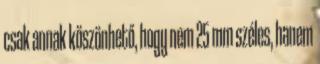
csak annak köszönhető, hogy nem 25 mm széles, hanem